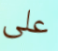
على